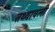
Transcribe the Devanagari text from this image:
तथ्यावली